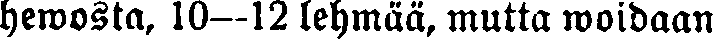
hewosta, 10—12 lehmää, mutta woidaan